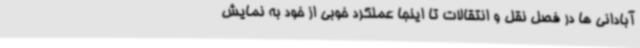
آبادانی ها در فصل نقل و انتقالات تا اینجا عملکرد خوبی از خود به نمایش